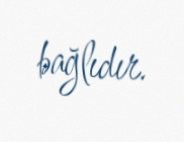
bağlıdır.